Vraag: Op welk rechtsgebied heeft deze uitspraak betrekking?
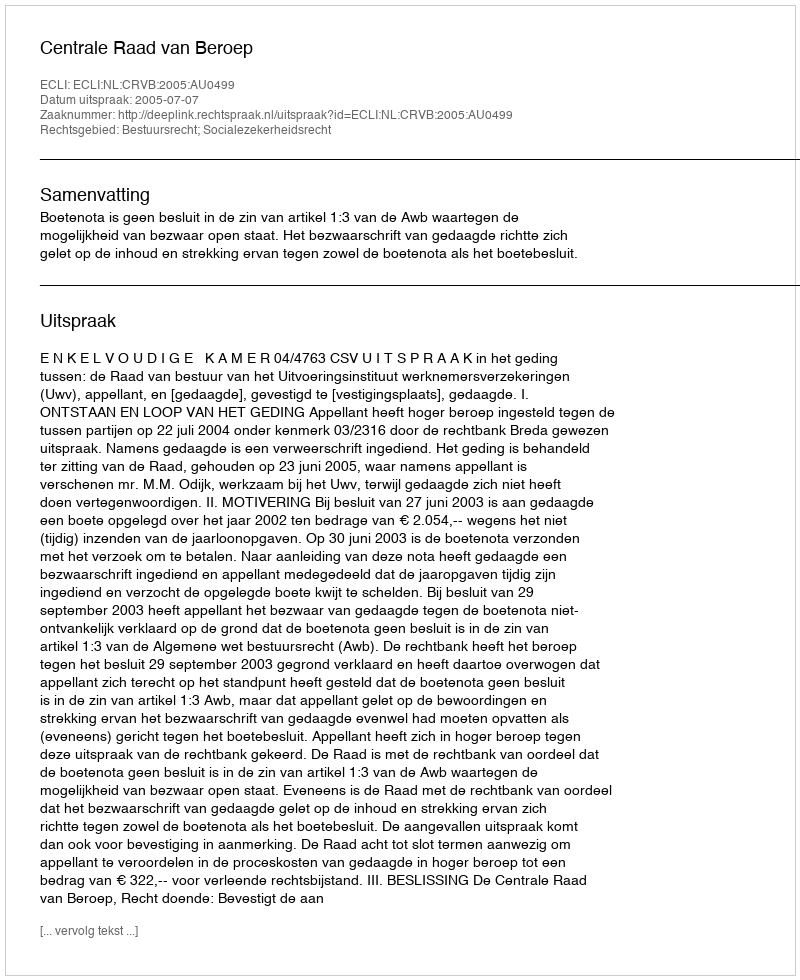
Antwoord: Bestuursrecht; Socialezekerheidsrecht